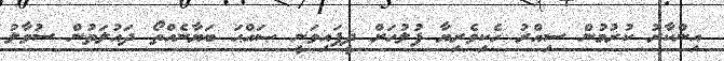
އިންކާރު ކުރުމުން ސިއްރު ހެކިވެރިޔާ ފުލުހަށް ދީފައިވަނީ ޞައްޙަ ބަޔާނެއްތޯ ދައުލަތުން ސުވާލު